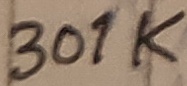
Text: 301K